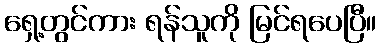
ရှေ့တွင်ကား ရန်သူကို မြင်ရပေပြီ။